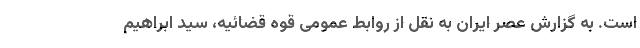
است. به گزارش عصر ایران به نقل از روابط عمومی قوه قضائیه، سید ابراهیم